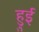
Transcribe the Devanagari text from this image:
हुुई